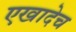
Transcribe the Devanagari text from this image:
एखादेच